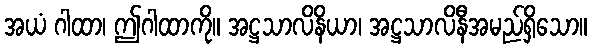
အယံ ဂါထာ၊ ဤဂါထာကို။ အဋ္ဌသာလိနိယာ၊ အဋ္ဌသာလိနီအမည်ရှိသော။